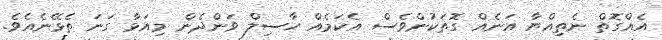
އެއްގޮތް ނެތިއްޔާ އަނެއް ގޮތަކުންވެސް އެކަމެއް ހާސިލް ވަންދެން މިއަޅާ ގަނަ ތެޅޭނެއެވެ.